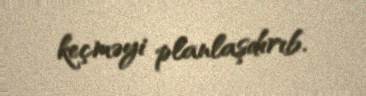
keçməyi planlaşdırıb.